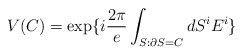
\begin{align*}V(C)=\exp\{i \frac{2\pi}{e} \int_{S: \partial S=C} dS^iE^i\}\end{align*}